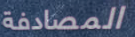
المصادفة